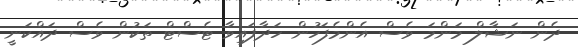
ދެން ނަޝާލް މަންމަ ވެސް އެންމެފަހުން ހަދާފައިވާ ޓެސްޓް ތަކުން ވެސް ދައްކަނީ